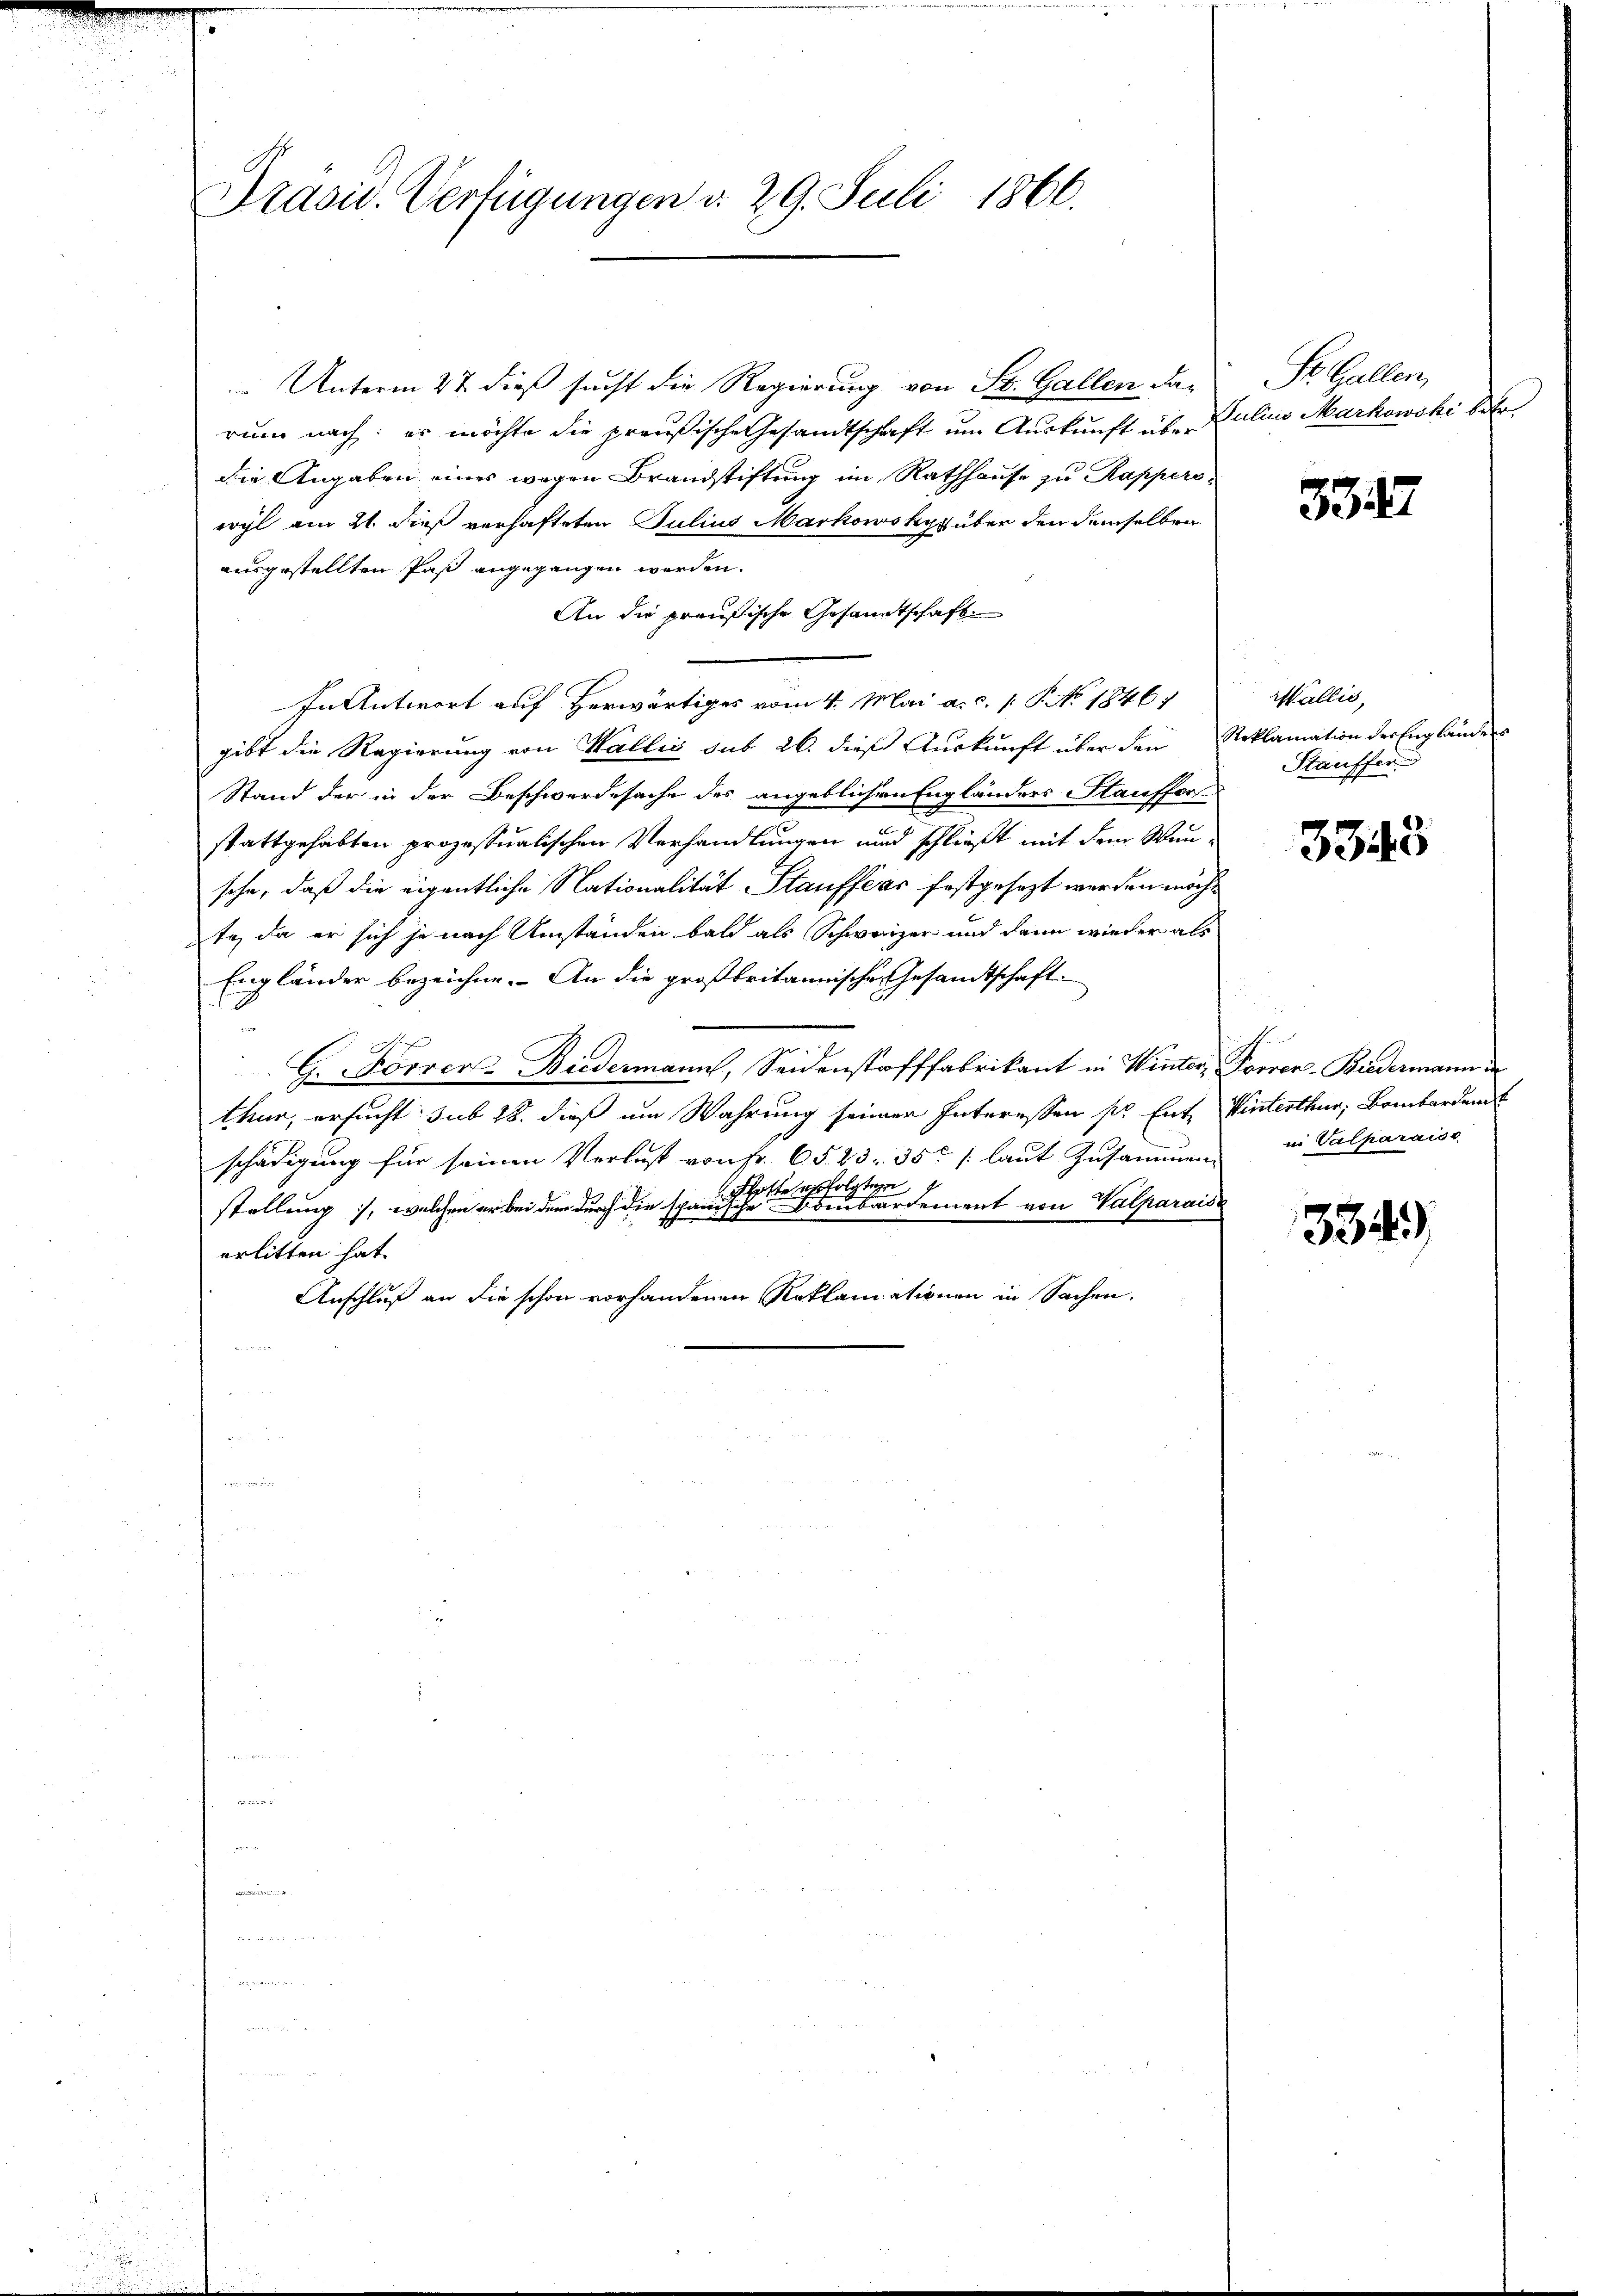
Präsid. Verfügungen d. 29. Juli 1866.

Unterm 27. dieß sucht die Regierung von St. Gallen darum nach: es möchte die preußische Gesandtschaft um Auskunft über
die Angaben eines wegen Brandstiftung im Rathhause zu Rapperswyl am 21. dieß verhafteten Julius Markowskys über den demselben
ausgestellten Paß angegangen werden.
An die preußische Gesandtschaft
In Antwort auf Herwärtiges vom 4. Mai a. c. s. S. 18467
gibt die Regierung von Wallis sub 26. dieß Auskunft über den
Stand der in der Beschwerdesache des angeblichen Engländers Stauffer
stattgehabten prozessualischen Verhandlungen und schließt mit dem Wunsche, daß die eigentliche Nationalität Stauffear festgesezt werden möcht
te, da er sich je nach Umständen bald als Schweizer und dann wieder als
Engländer bezeichne. An die großbritannische Gesandtschaft
G. Forrer-Biedermann, Seidenstofffabrikant in Winter, Forrer-Biedermann in
thur, ersucht sub 28. dieß um Wahrung seiner Interessen sr. Ent-
schädigung für seinen Verlust von fr. 65. 23. 35. /: laŭt Zusammen in Valparaiss
otte erfolgten
stellung, welchen er bei dem durch die spanische Bombardement von Valparais
erlitten hat.
Anschluß an die schon vorhandenen Reklamationen in Sachen.
B

St. Gallen,
Julius Markowski betr.

332

Wallis,
Noklamation der Engläuchen
Stauffer

3343

A
Winterthur, Bombardent

334)